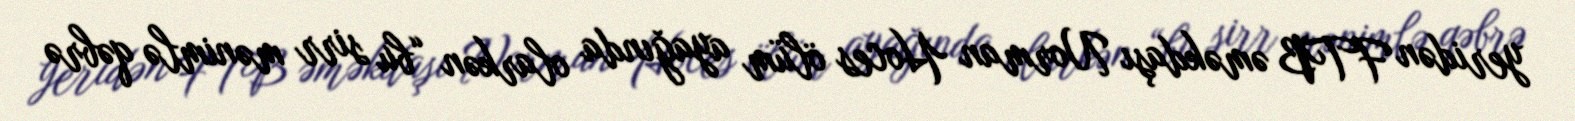
yeridən FTB əməkdaşı Norman Hoces ölüm ayağında olarkən “bu sirr mənimlə qəbrə